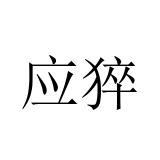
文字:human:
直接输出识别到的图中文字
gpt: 应猝